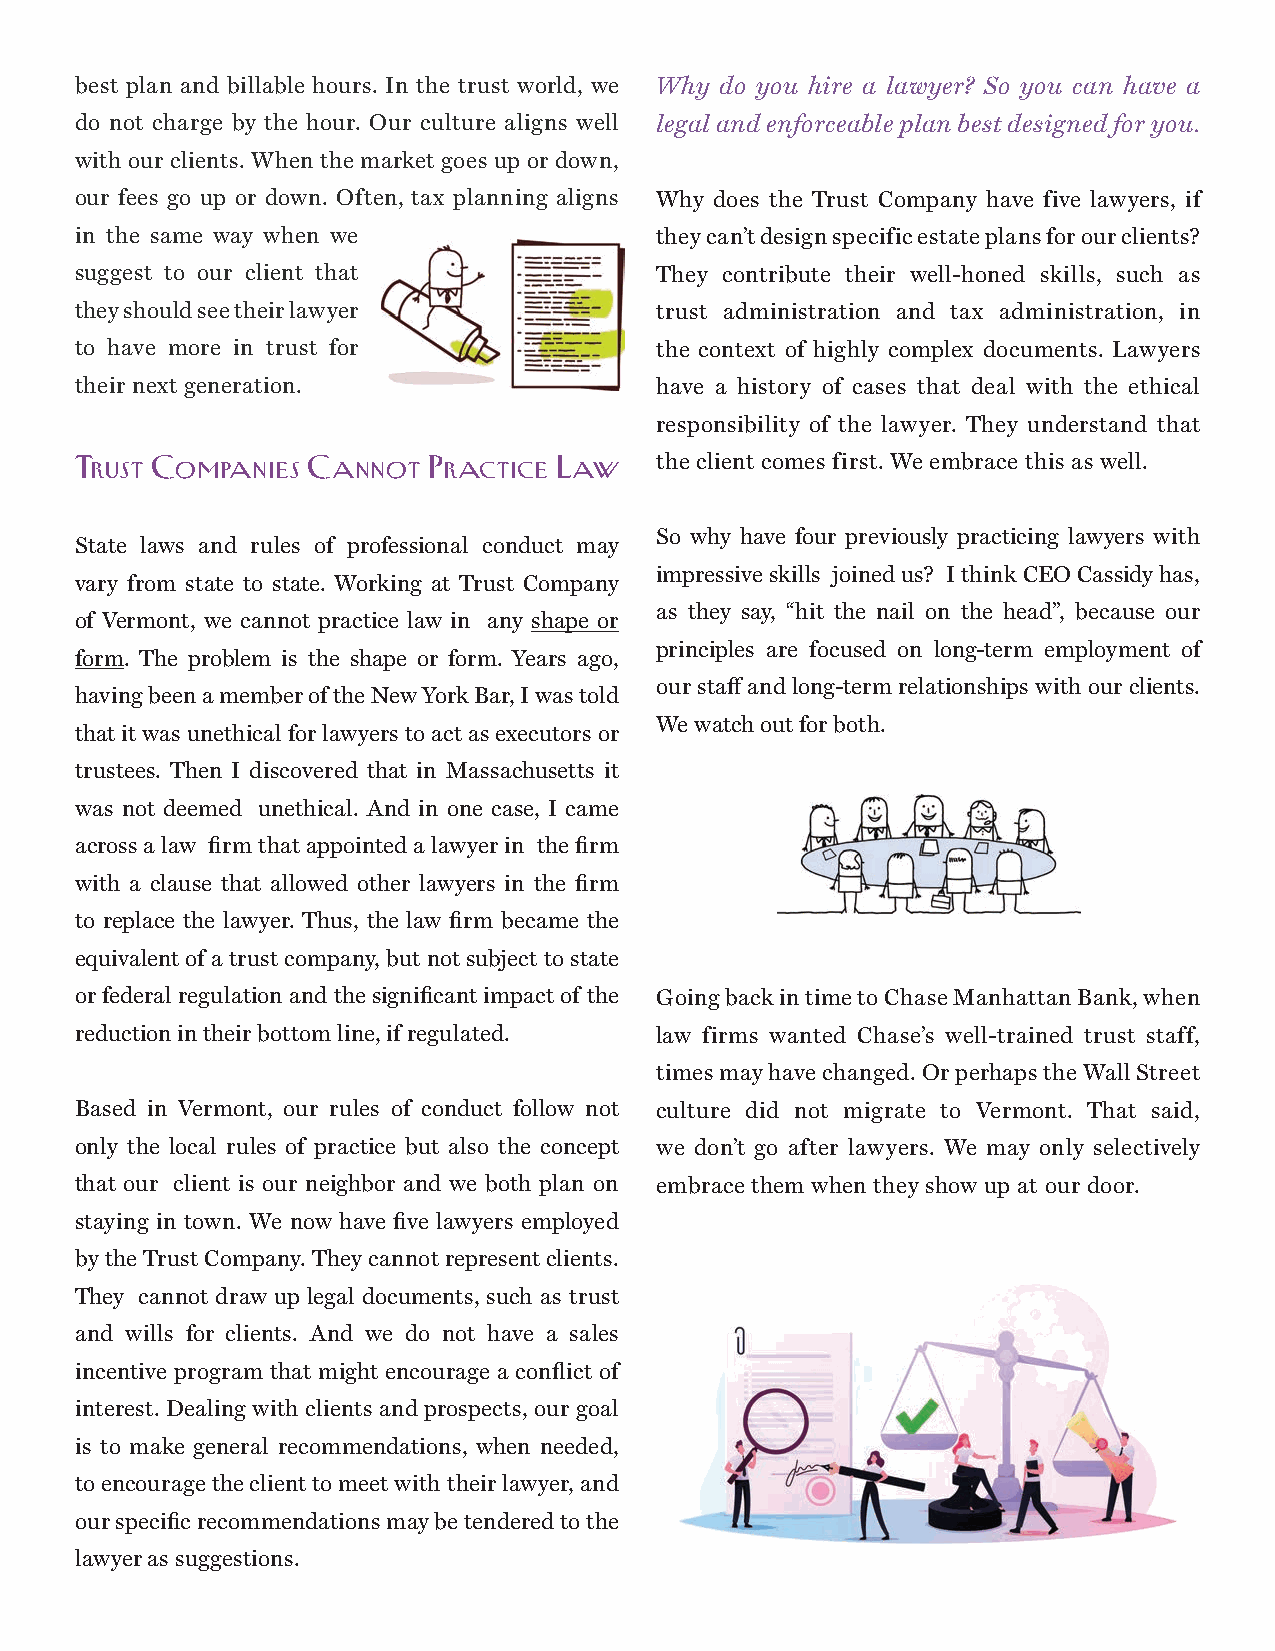
best plan and billable hours. In the trust world, we Why do you hire a lawyer? So you can have a
 do not charge by the hour. Our culture aligns well legal and enforceable plan best designed for you.
 with our clients. When the market goes up or down,
 our fees go up or down. Often, tax planning aligns Why does the Trust Company have five lawyers, if
 in the same way when we               they can’t design specific estate plans for our clients?
 suggest to our client that            They contribute their well-honed skills, such as
 they should see their lawyer          trust administration and tax administration, in
 to have more in trust for             the context of highly complex documents. Lawyers
 their next generation.                have a history of cases that deal with the ethical
 responsibility of the lawyer. They understand that
 the client comes first. We embrace this as well.
 Trust Companies Cannot Practice Law
 So why have four previously practicing lawyers with
 State laws and rules of professional conduct may
 impressive skills joined us? I think CEO Cassidy has,
 vary from state to state. Working at Trust Company
 as they say, “hit the nail on the head”, because our
 of Vermont, we cannot practice law in any shape or
 principles are focused on long-term employment of
 form. The problem is the shape or form. Years ago,
 our staff and long-term relationships with our clients.
 having been a member of the New York Bar, I was told
 We watch out for both.
 that it was unethical for lawyers to act as executors or
 trustees. Then I discovered that in Massachusetts it
 was not deemed unethical. And in one case, I came
 across a law firm that appointed a lawyer in the firm
 with a clause that allowed other lawyers in the firm
 to replace the lawyer. Thus, the law firm became the
 equivalent of a trust company, but not subject to state
 or federal regulation and the significant impact of the Going back in time to Chase Manhattan Bank, when
 reduction in their bottom line, if regulated. law firms wanted Chase’s well-trained trust staff,
 times may have changed. Or perhaps the Wall Street
 Based in Vermont, our rules of conduct follow not culture did not migrate to Vermont. That said,
 only the local rules of practice but also the concept we don’t go after lawyers. We may only selectively
 that our client is our neighbor and we both plan on embrace them when they show up at our door.
 staying in town. We now have five lawyers employed
 by the Trust Company. They cannot represent clients.
 They cannot draw up legal documents, such as trust
 and wills for clients. And we do not have a sales
 incentive program that might encourage a conflict of
 interest. Dealing with clients and prospects, our goal
 is to make general recommendations, when needed,
 to encourage the client to meet with their lawyer, and
 our specific recommendations may be tendered to the
 lawyer as suggestions.